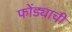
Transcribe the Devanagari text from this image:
फोंड्याची